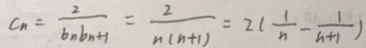
C _ { n } = \frac { 2 } { b _ { n } b _ { n + 1 } } = \frac { 2 } { n ( n + 1 ) } = 2 ( \frac { 1 } { n } - \frac { 1 } { n + 1 } )